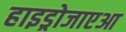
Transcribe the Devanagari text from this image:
हाइड्रोजाएआ